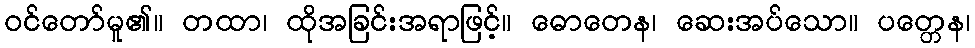
ဝင်တော်မူ၏။ တထာ၊ ထိုအခြင်းအရာဖြင့်။ ဓောတေန၊ ဆေးအပ်သော။ ပတ္တေန၊